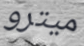
ميترو